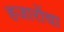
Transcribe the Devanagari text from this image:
हजारोंचा